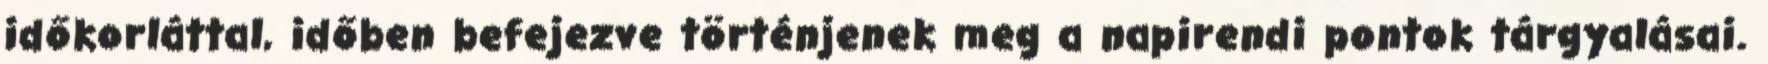
időkorláttal, időben befejezve történjenek meg a napirendi pontok tárgyalásai.